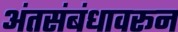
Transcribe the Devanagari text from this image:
अंतसंबंधावरून